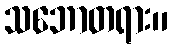
သဘောတရား။